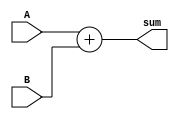
`timescale 1ns / 1ps

module adder(
input [31:0] A,
input [31:0] B,
output [31:0] sum
);

assign sum = A+B;


endmodule